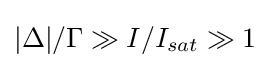
|\Delta |/\Gamma \gg I/I_{sat}\gg 1